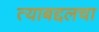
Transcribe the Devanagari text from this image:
त्याबद्दलचा